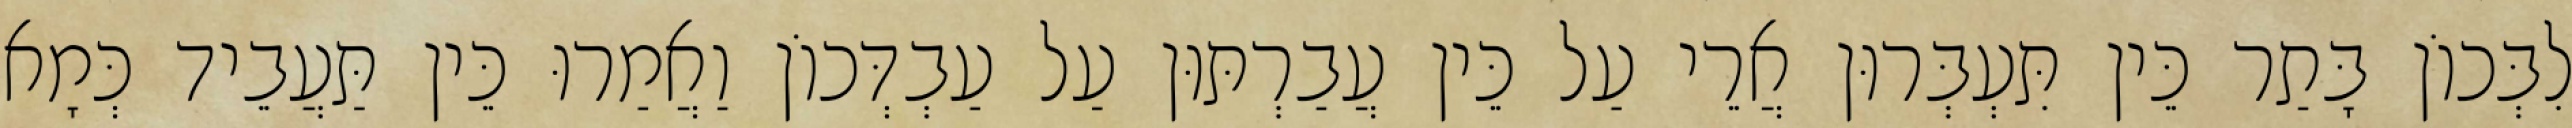
לִבְּכוֹן בָּתַר כֵּין תִּעְבְּרוּן אֲרֵי עַל כֵּין עֲבַרְתּוּן עַל עַבְדְּכוֹן וַאֲמַרוּ כֵּין תַּעֲבֵיד כְּמָא